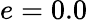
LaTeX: e=0.0